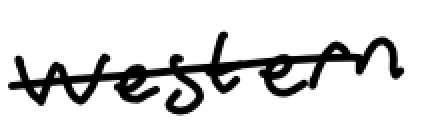
Text: western
Cross-out: single-line
Writing tool: digital_black